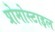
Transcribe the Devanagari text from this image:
प्रोमोस्टाइल